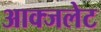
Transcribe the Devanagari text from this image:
आक्जलेट